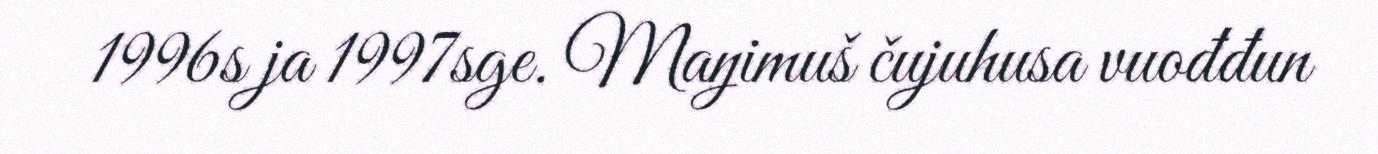
1996s ja 1997sge. Maŋimuš čujuhusa vuođđun